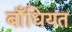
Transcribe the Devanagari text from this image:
बाँधियत